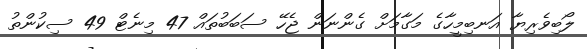
ލޯބިވެރިޔާ އަނބިމީހާގެ މަގާމަށް ގެންނަން ޖެހޭ ސަބަބުތައް 47 މިނެޓް 49 ސިކުންތު